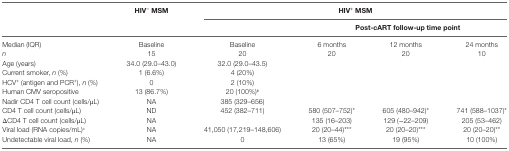
<table><thead><tr><td rowspan="2"></td><td rowspan="2"><b>HIV<sup>−</sup> MSM</b></td><td colspan="4"><b>HIV<sup>+</sup> MSM</b></td></tr><tr><td></td><td colspan="3"><b>Post-cART follow-up time point</b></td></tr></thead><tbody><tr><td>Median (IQR)</td><td>Baseline</td><td>Baseline</td><td>6 months</td><td>12 months</td><td>24 months</td></tr><tr><td><i>n</i></td><td>15</td><td>20</td><td>20</td><td>20</td><td>10</td></tr><tr><td>Age (years)</td><td>34.0 (29.0–43.0)</td><td>32.0 (29.0–43.5)</td><td></td><td></td><td></td></tr><tr><td>Current smoker, <i>n</i> (%)</td><td>1 (6.6%)</td><td>4 (20%)</td><td></td><td></td><td></td></tr><tr><td>HCV<sup>+</sup> (antigen and PCR<sup>+</sup>), <i>n</i> (%)</td><td>0</td><td>2 (10%)</td><td></td><td></td><td></td></tr><tr><td>Human CMV seropositive</td><td>13 (86.7%)</td><td>20 (100%)<sup>b</sup></td><td></td><td></td><td></td></tr><tr><td>Nadir CD4 T cell count (cells/μL)</td><td>NA</td><td>385 (329–656)</td><td></td><td></td><td></td></tr><tr><td>CD4 T cell count (cells/μL)</td><td>ND</td><td>452 (382–711)</td><td>580 (507–752)*</td><td>605 (480–942)*</td><td>741 (588–1037)*</td></tr><tr><td>ΔCD4 T cell count (cells/μL)</td><td>NA</td><td></td><td>135 (16–203)</td><td>129 (−22–209)</td><td>205 (53–462)</td></tr><tr><td>Viral load (RNA copies/mL)<sup>c</sup></td><td>NA</td><td>41,050 (17,219–148,606)</td><td>20 (20–44)***</td><td>20 (20–20)***</td><td>20 (20–20)**</td></tr><tr><td>Undetectable viral load, <i>n</i> (%)</td><td>NA</td><td>0</td><td>13 (65%)</td><td>19 (95%)</td><td>10 (100%)</td></tr></tbody></table>